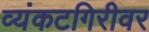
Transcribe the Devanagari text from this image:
व्यंकटगिरीवर